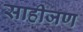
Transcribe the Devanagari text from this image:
साहीजण